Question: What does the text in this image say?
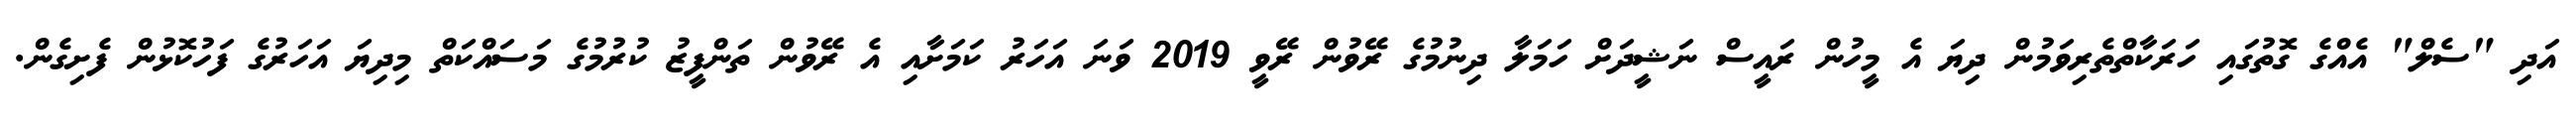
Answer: އަދި "ސެލް" އެއްގެ ގޮތުގައި ހަރަކާތްތެރިވަމުން ދިޔަ އެ މީހުން ރައީސް ނަޝީދަށް ހަމަލާ ދިނުމުގެ ރޭވުން ރޭވީ 2019 ވަނަ އަހަރު ކަމަށާއި އެ ރޭވުން ތަންފީޒު ކުރުމުގެ މަސައްކަތް މިދިޔަ އަހަރުގެ ފަހުކޮޅުން ފެށިގެން.